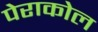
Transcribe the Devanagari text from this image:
पेराकोल